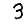
Digit: 3